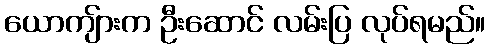
ယောကျ်ားက ဦးဆောင် လမ်းပြ လုပ်ရမည်။